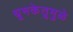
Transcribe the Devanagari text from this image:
धूमकेतूमुळे